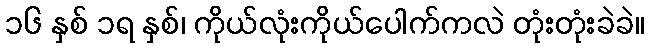
၁၆ နှစ် ၁ရ နှစ်၊ ကိုယ်လုံးကိုယ်ပေါက်ကလဲ တုံးတုံးခဲခဲ။